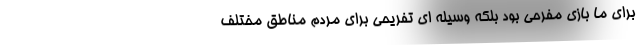
برای ما بازی مفرحی بود بلکه وسیله ای تفریحی برای مردم مناطق مختلف